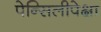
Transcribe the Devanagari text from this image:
पेन्सिलीपेक्षा